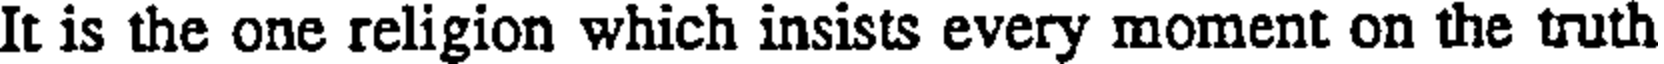
It is the one religion which insists every moment on the truth